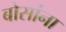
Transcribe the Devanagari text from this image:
बोसांना